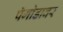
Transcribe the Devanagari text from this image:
पॅगोडावर